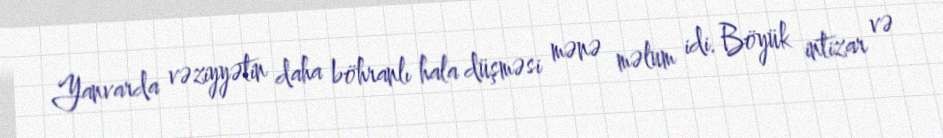
Yanvarda vəziyyətin daha böhranlı hala düşməsi mənə məlum idi. Böyük intizar və